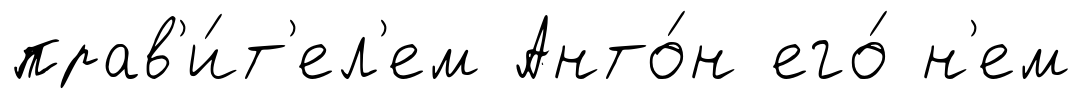
прав'и́т'ел'ем Анто́н его́ н'ем